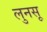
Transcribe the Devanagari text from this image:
लुनसू